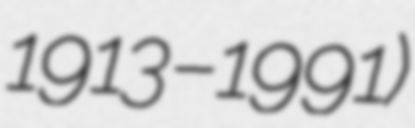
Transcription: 1913–1991)